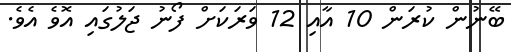
ބޭނުން ކުރަން 10 އާއި 12 ވަރަކަށް ފޯނު ޖަލުގައި އޮވެ އެވެ.